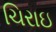
ચિરાઇ